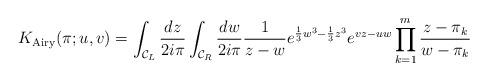
LaTeX: \begin{align*} K_{\mathrm{Airy}}(\pi;u,v)= \int_{\mathcal{C}_{L}}\frac{dz}{2i\pi } \int_{\mathcal{C}_{R}} \frac{dw}{2i\pi } \frac{1}{z-w}e^{\frac{1}{3}w^3 -\frac{1}{3}z^3} e^{vz-uw} \prod_{k = 1}^{m} \frac{z-\pi_{k}}{w - \pi_{k}} \end{align*}